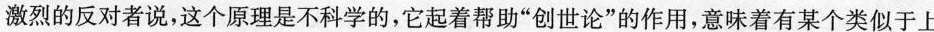
激烈的反对者说，这个原理是不科学的，它起着帮助”创世论”的作用，意味着有某个类似于上